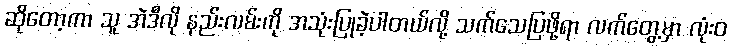
ဆိုတော့ကာ သူ အဲဒီလို နည်းလမ်းကို အသုံးပြုခဲ့ပါတယ်လို့ သက်သေပြဖို့ရာ လက်တွေ့မှာ လုံးဝ